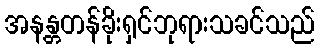
အနန္တတန်ခိုးရှင်ဘုရားသခင်သည်